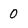
Character: 0